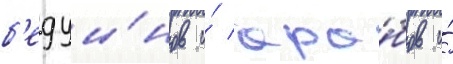
б'едуи́нов и́ ара́бов и́